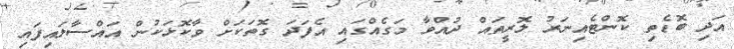
އަދި ބޮޑެތި ކޮންޓެއިނަރު ލޮރީތައް ދުއްވާ މަގެއްގައި އެފަދަ ގޮތަކަށް ވާކޮޅަކުންް އައްސާލައިފައި